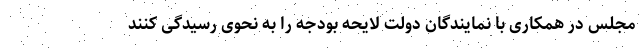
مجلس در همکاری با نمایندگان دولت لایحه بودجه را به نحوی رسیدگی کنند